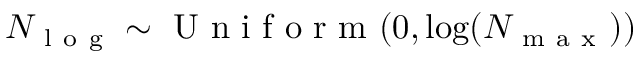
N _ { \mathrm { ~ l ~ o ~ g ~ } } \sim \mathrm { ~ U ~ n ~ i ~ f ~ o ~ r ~ m ~ } ( 0 , \log ( N _ { \mathrm { ~ m ~ a ~ x ~ } } ) )